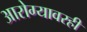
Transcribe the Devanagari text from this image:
आरोग्यावरही